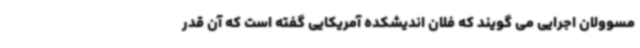
مسوولان اجرایی می گویند که فلان اندیشکده آمریکایی گفته است که آن قدر